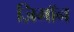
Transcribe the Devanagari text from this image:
ज़िमाॅन